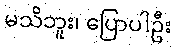
မသိဘူး၊ ပြောပါဦး